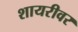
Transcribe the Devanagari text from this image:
शायरीवर